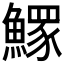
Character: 𩻄